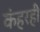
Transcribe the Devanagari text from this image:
कंहरही